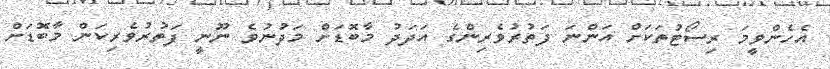
އެހެންވީމަ ރިސޯޓުތަކަށް އަންނަ ފަތުރުވެރިންގެ އަދަދު މާބޮޑަށް މަދުނުވެ ނޫނީ ފަތުރުވެރިކަން މާބޮޑަށް